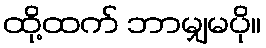
ထို့ထက် ဘာမျှမပို။